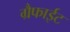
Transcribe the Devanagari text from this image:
ग्रैफाईट